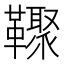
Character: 𩍧